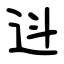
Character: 䢏